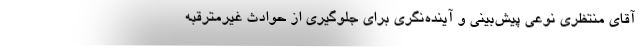
آقای منتظری نوعی پیش‌بینی و آینده‌نگری برای جلوگیری از حوادث غیرمترقبه